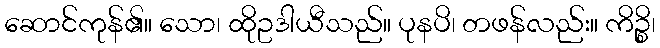
ဆောင်ကုန်၏။ သော၊ ထိုဥဒါယီသည်။ ပုနပိ၊ တဖန်လည်း။ ကိဉ္စိ၊